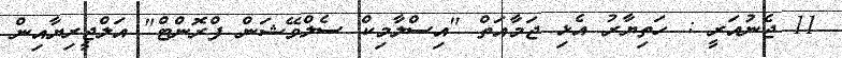
11 ޖެނުއަރީ : ހަތިޔާރު އެޅި ޖަމާއަތް "އިސްލާމިކް ސެލްވޭޝަން ފްރޮންޓް" އަލްޖީރިޔާއިން